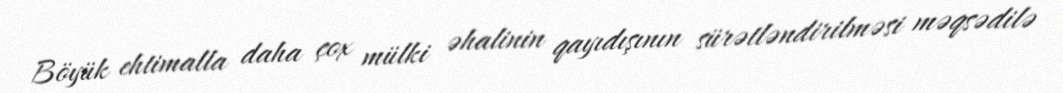
Böyük ehtimalla daha çox mülki əhalinin qayıdışının sürətləndirilməsi məqsədilə